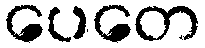
ပေတေ